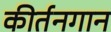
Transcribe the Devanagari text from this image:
कीर्तनगान